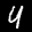
Label: 4